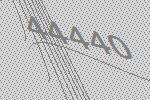
44440